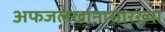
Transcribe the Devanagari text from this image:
अफजलखानासारख्या